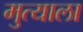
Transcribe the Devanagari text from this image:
मुत्याला